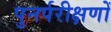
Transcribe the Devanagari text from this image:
पुनर्परीक्षणों